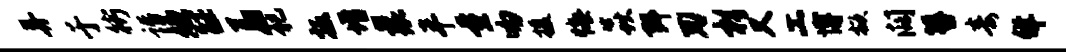
弄于街诣嫌征羞祀扳增曩半量吻援悔焱弭刃杉又工博掀阔簪毒佯